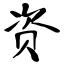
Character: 资